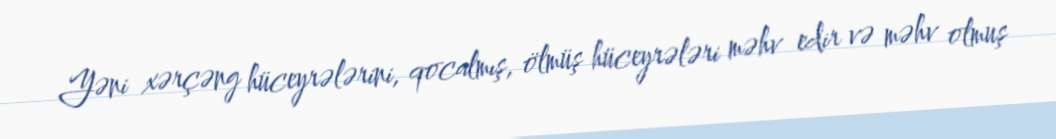
Yəni xərçəng hüceyrələrini, qocalmış, ölmüş hüceyrələri məhv edir və məhv olmuş